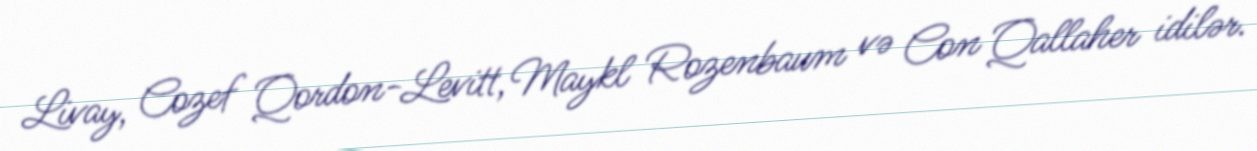
Livay, Cozef Qordon-Levitt, Maykl Rozenbaum və Con Qallaher idilər.